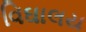
વિઘાલય